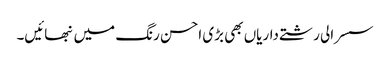
سسرالی رشتے داریاں بھی بڑی احسن رنگ میں نبھائیں۔